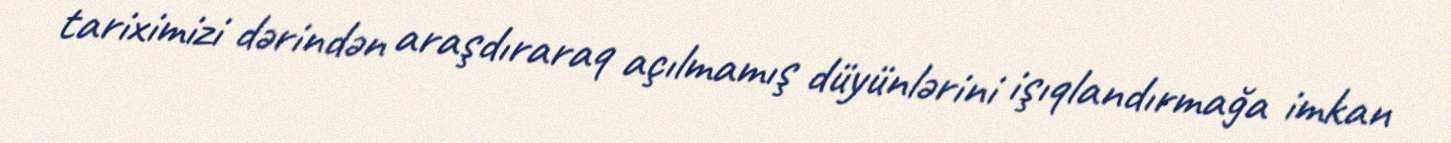
tariximizi dərindən araşdıraraq açılmamış düyünlərini işıqlandırmağa imkan